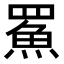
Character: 𩶊